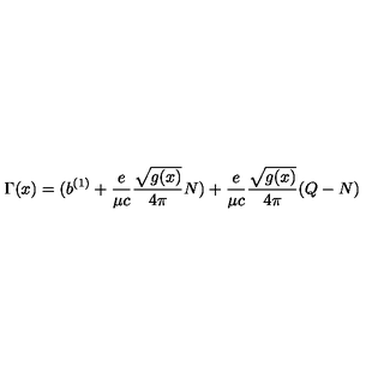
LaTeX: \Gamma ( x ) = ( b ^ { ( 1 ) } + { \frac { e } { \mu c } } { \frac { \sqrt { g ( x ) } } { 4 \pi } } N ) + { \frac { e } { \mu c } } { \frac { \sqrt { g ( x ) } } { 4 \pi } } ( Q - N )